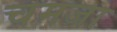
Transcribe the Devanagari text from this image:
चमजा